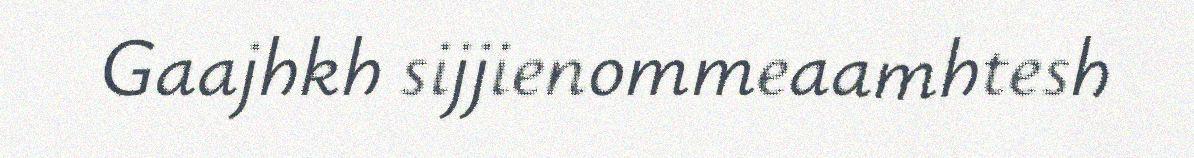
Gaajhkh sijjienommeaamhtesh